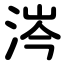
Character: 涔